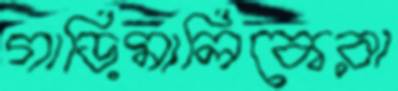
গাড়িমালিকেরা